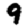
Digit: 9